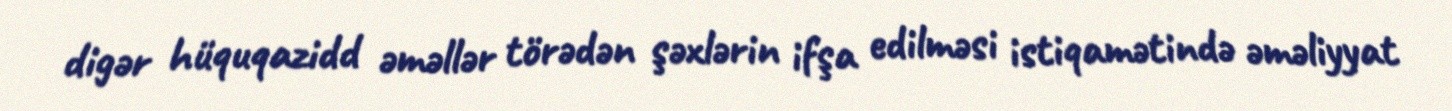
digər hüquqazidd əməllər törədən şəxlərin ifşa edilməsi istiqamətində əməliyyat